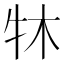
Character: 𤘬